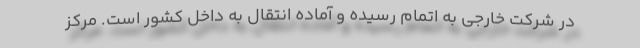
در شرکت خارجی به اتمام رسیده و آماده انتقال به داخل کشور است. مرکز